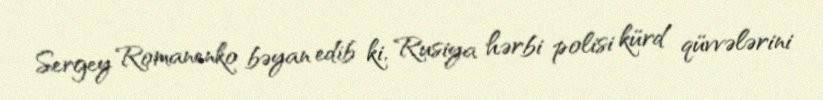
Sergey Romanenko bəyan edib ki, Rusiya hərbi polisi kürd qüvvələrini